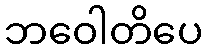
ဘဝေါတိပေ